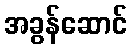
အခွန်ဆောင်